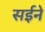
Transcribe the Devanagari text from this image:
सईने